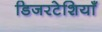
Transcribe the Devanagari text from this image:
डिजरटेशियाँ